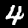
Digit: 4